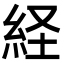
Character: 経